Calcutta medical institutions reports 1871-78
Year: 1871
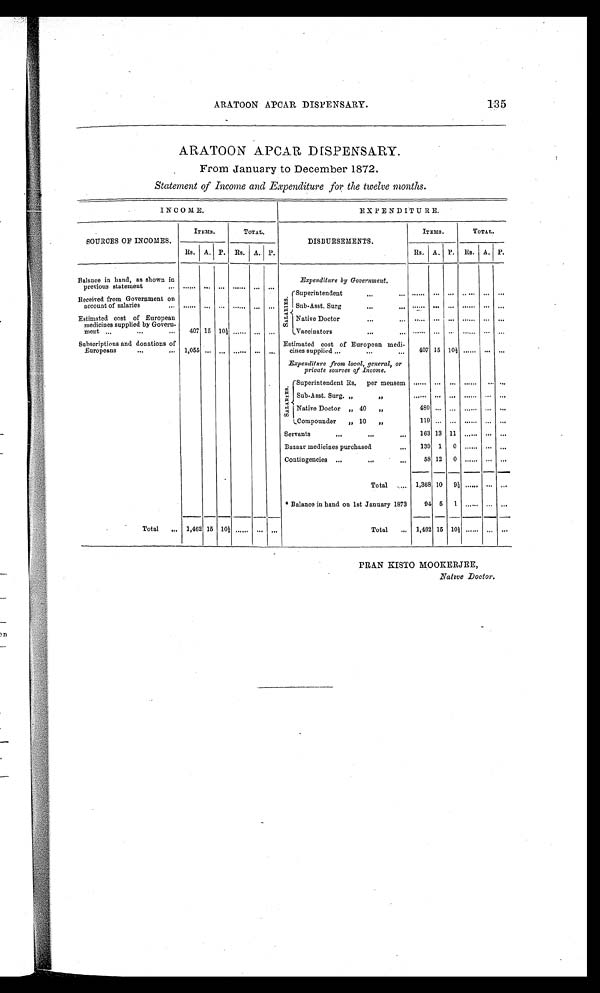
ARATOON APCAR DISPENSARY.
135
ARATOON APCAR DISPENSARY.
From January to December 1872.
Statement of Income and Expenditure for the twelve months.
INCOME.
EXPENDITURE.
.
SOURCES OF INCOMES.
ITEMS.
TOTAL.
DISBURSEMENTS.
ITEMS.
TOTAL.
Rs. A. P. Rs. A. P.
Rs. A. P. Rs. A. P.
Balance in hand, as shown in
previous statement
. . . . . .
... ...
. . . . . .
... ...
Expenditure by Government.
Received from Government on
account of salaries
. . . . . .
...
...
. . . . . . ... ... SALARI ES.
Superintendent
. . . . . .
... ...
. . . . . . ... ...
Sub-Asst. Surg
. . . . . .
... ...
. . . . . . ... ...
Estimated cost of European
medicines supplied by Govern- m e n t 407 15 10½ ...... ... ...
Native Doctor
. . . . . .
... ...
. . . . . . ... ...
Vaccinators
. . . . . . ... ...
. . . . . . ... ...
Subscriptions and donations of
Europeans
1,055 ... ... ...... ... ...
Estimated cost of European medi-
cines supplied
407 15 10½ ...... ... ...
Expenditure from local, general, or
private sources of Income.
S A L A R I E S .
Superintendent Rs. per mensem
. . . . . .
... ...
. . . . . . ... ...
Sub-Asst. Surg. „
. . . . . .
... ...
. . . . . . ... ...
Native Doctor „ 40
,,
480 ... ... ...... ... ...
Compounder
„ 10
„
119 ... ... ...... ... ...
Servants
163 13 11
. . . . . . ... ...
Bazaar medicines purchased
139 1 0 ...... ... ...
Contingencies
58 12 0 ...... ... ...
Total
1,368 10
9 ½ ....... ... ...
* Balance in hand on 1st January 1873
94 5 1 ...... ... ...
Total
1,462 15 10½ ...... ... ...
Total
1,462 15 10½ ...... ... ...
PRAN KISTO MOOKERJEE,
Native Doctor.